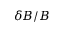
\delta B / B